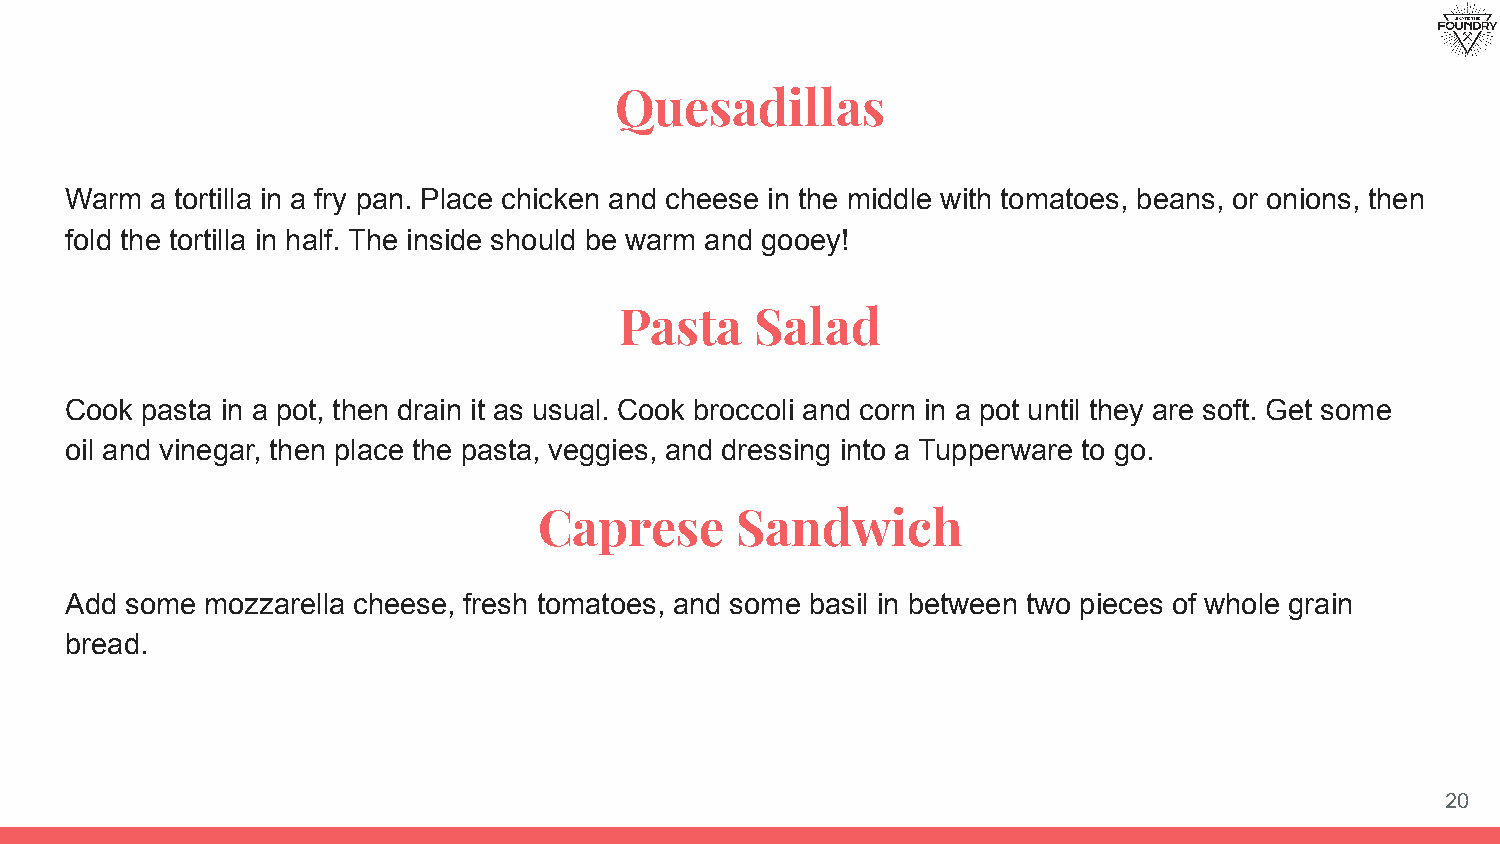
Quesadillas
 Warm  a tortilla in a fry pan. Place chicken and cheese in the middle with tomatoes, beans, or onions, then
 fold the tortilla in half. The inside should be warm and gooey!
 Pasta    Salad
 Cook pasta in a pot, then drain it as usual. Cook broccoli and corn in a pot until they are soft. Get some
 oil and vinegar, then place the pasta, veggies, and dressing into a Tupperware to go.
 Caprese      Sandwich
 Add some  mozzarella cheese, fresh tomatoes, and some basil in between two pieces of whole grain
 bread.
 20